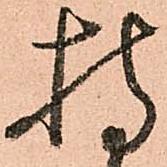
持